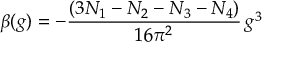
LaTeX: \beta ( g ) = - \frac { ( 3 N _ { 1 } - N _ { 2 } - N _ { 3 } - N _ { 4 } ) } { 1 6 \pi ^ { 2 } } \, g ^ { 3 }